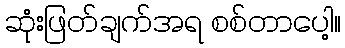
ဆုံးဖြတ်ချက်အရ စစ်တာပေါ့။